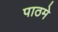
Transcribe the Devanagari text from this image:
पाठमे